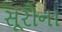
સૂરોના